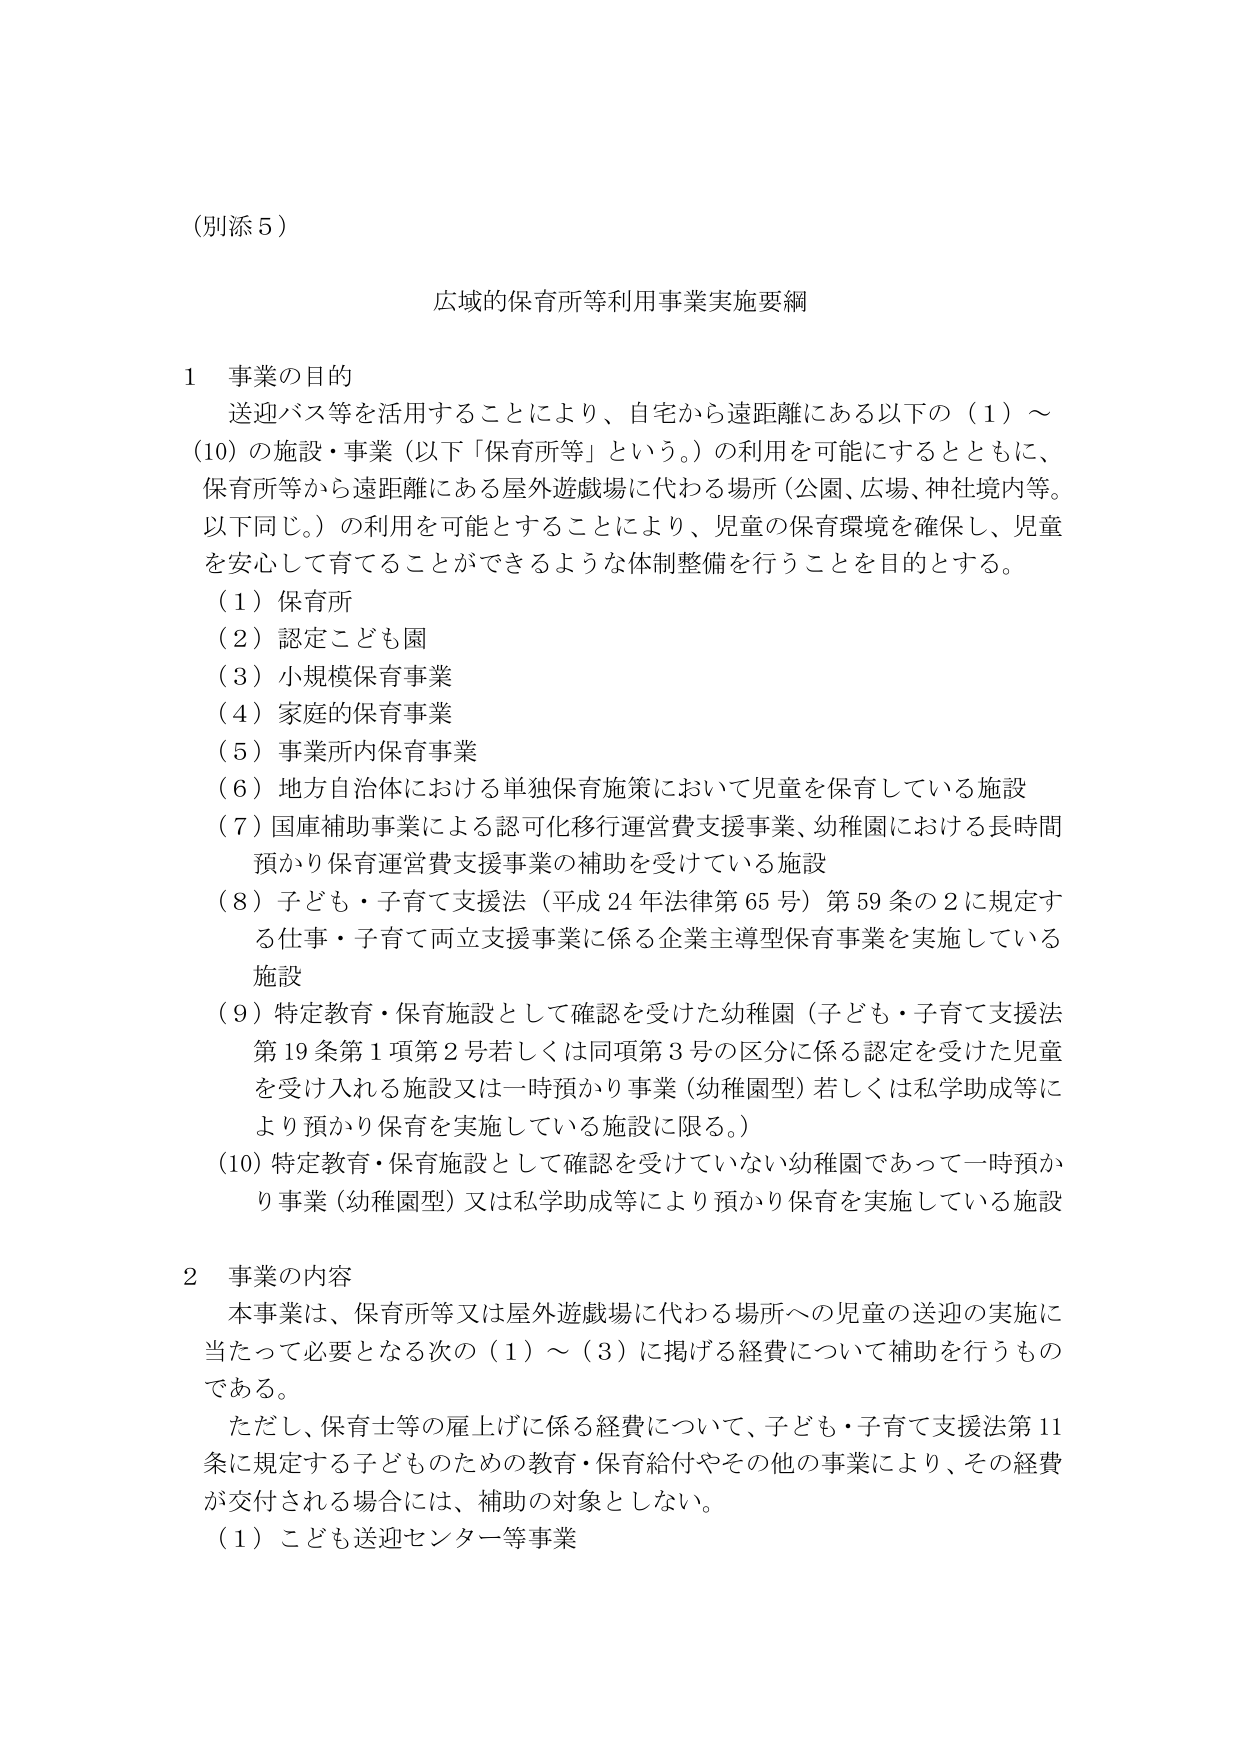
（別添５）

広域的保育所等利用事業実施要綱

１ 事業の目的
　送迎バス等を活用することにより、自宅から遠距離にある以下の（１）～
（10）の施設・事業（以下「保育所等」という。）の利用を可能にするとともに、
保育所等から遠距離にある屋外遊戯場に代わる場所（公園、広場、神社境内等。
以下同じ。）の利用を可能とすることにより、児童の保育環境を確保し、児童
を安心して育てることができるような体制整備を行うことを目的とする。
　（１）保育所
　（２）認定こども園
　（３）小規模保育事業
　（４）家庭的保育事業
　（５）事業所内保育事業
　（６）地方自治体における単独保育施策において児童を保育している施設
　（７）国庫補助事業による認可化移行運営費支援事業、幼稚園における長時間
　　　預かり保育運営費支援事業の補助を受けている施設
　（８）子ども・子育て支援法（平成24年法律第65号）第59条の2に規定す
　　　る仕事・子育て両立支援事業に係る企業主導型保育事業を実施している
　　　施設
　（９）特定教育・保育施設として確認を受けた幼稚園（子ども・子育て支援法
　　　第19条第1項第2号若しくは同項第3号の区分に係る認定を受けた児童
　　　を受け入れる施設又は一時預かり事業（幼稚園型）若しくは私学助成等に
　　　より預かり保育を実施している施設に限る。）
　（10）特定教育・保育施設として確認を受けていない幼稚園であって一時預か
　　　り事業（幼稚園型）又は私学助成等により預かり保育を実施している施設

２ 事業の内容
　本事業は、保育所等又は屋外遊戯場に代わる場所への児童の送迎の実施に
当たって必要となる次の（１）～（３）に掲げる経費について補助を行うもの
である。
　ただし、保育士等の雇上げに係る経費について、子ども・子育て支援法第11
条に規定する子どものための教育・保育給付やその他の事業により、その経費
が交付される場合には、補助の対象としない。
　（１）こども送迎センター等事業